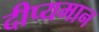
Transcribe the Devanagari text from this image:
दीप्यमान